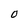
Character: 0